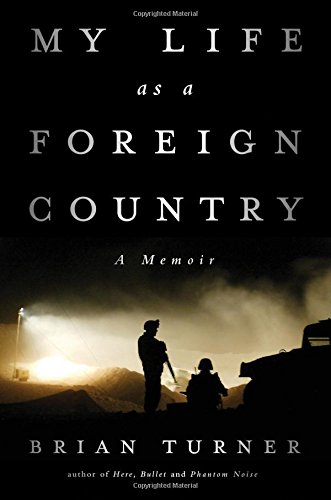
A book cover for My Life as a Foreign Country: A Memoir; Brian Turner; History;